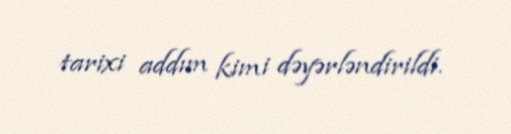
tarixi addım kimi dəyərləndirildi.